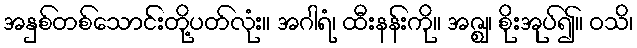
အနှစ်တစ်သောင်းတို့ပတ်လုံး။ အဂါရံ၊ ထီးနန်းကို။ အဇ္ဈ၊ စိုးအုပ်၍။ ဝသိ၊